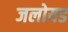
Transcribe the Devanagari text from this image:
जलोयड